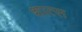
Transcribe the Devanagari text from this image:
शात्स